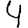
Digit: 4